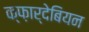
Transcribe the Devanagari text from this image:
क्फ़ार्देबियन